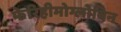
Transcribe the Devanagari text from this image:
फेरिहीमोग्लोबिन